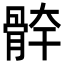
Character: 𩩃